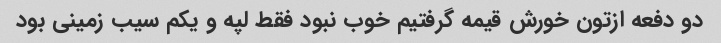
دو دفعه ازتون خورش قیمه گرفتیم خوب نبود فقط لپه و یکم سیب زمینی بود